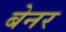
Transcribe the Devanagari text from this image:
बेनर